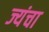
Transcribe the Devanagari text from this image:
ज्यंचा